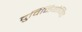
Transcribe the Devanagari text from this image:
दुर्विनियोजित